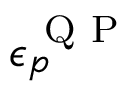
\epsilon _ { p } ^ { \mathrm { ~ Q ~ P ~ } }